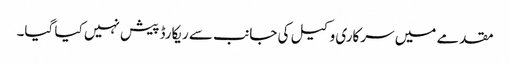
مقدمے میں سرکاری وکیل کی جانب سے ریکارڈ پیش نہیں کیا گیا۔